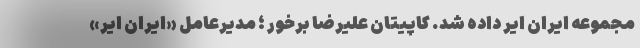
مجموعه ایران ایر داده شد. کاپیتان علیرضا برخور ؛ مدیرعامل «ایران ایر»